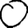
Digit: 0